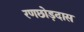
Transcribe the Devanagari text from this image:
रणछोड़दास